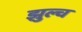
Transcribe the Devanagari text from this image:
झुल्च